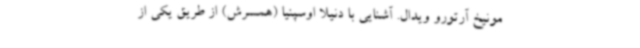
مونیخ آرتورو ویدال. آشنایی با دنیلا اوسپنیا (همسرش) از طریق یکی از